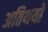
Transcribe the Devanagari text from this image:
अतिथयों